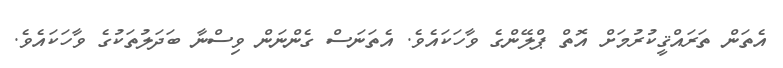
އެތަން ތަރައްޤީކުރުމަށް އޮތް ޕްލޭންގެ ވާހަކައެވެ. އެތަނަސް ގެންނަން ވިސްނާ ބަދަލުތަކުގެ ވާހަކައެވެ.